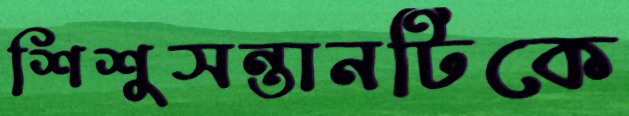
শিশুসন্তানটিকে